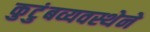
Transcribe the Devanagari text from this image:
कुटुंबव्यवस्थेने